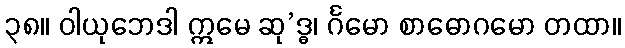
၃၈။ ဝါယုဘေဒါ ဣမေ ဆု’ဒ္ဓ၊ င်္ဂမော စာဓောဂမော တထာ။